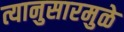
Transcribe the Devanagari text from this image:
त्यानुसारमुळे